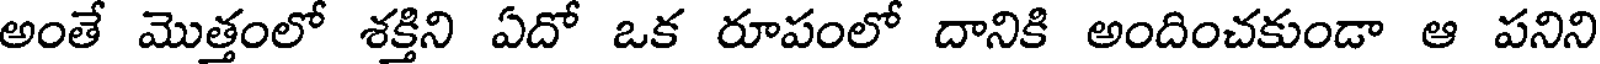
అంతే మొత్తంలో శక్తిని ఏదో ఒక రూపంలో దానికి అందించకుండా ఆ పనిని